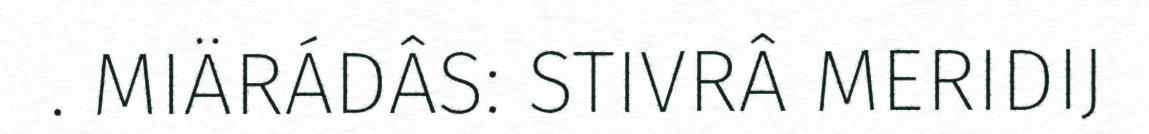
. MIÄRÁDÂS: STIVRÂ MERIDIJ